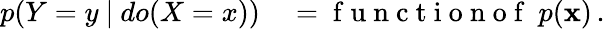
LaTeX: \begin{array}{rl}{p(Y=y~\vert~do(X=x))}&{{}=\mathrm{~f~u~n~c~t~i~o~n~o~f~}~p(\mathbf{x})\, .}\end{array}